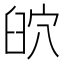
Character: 𦥨